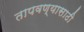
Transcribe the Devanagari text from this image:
तापवण्यासाठी